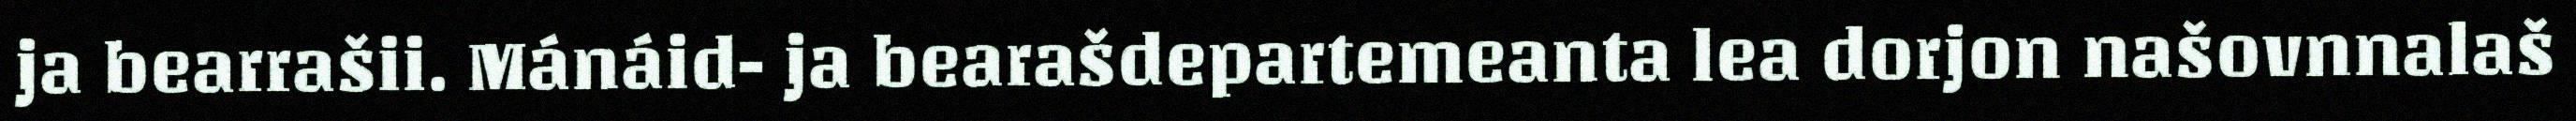
ja bearrašii. Mánáid- ja bearašdepartemeanta lea dorjon našovnnalaš